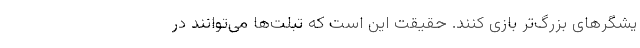
یشگرهای بزرگ‌تر بازی کنند. حقیقت این است که تبلت‌ها می‌توانند در